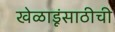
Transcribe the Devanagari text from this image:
खेळाडूंसाठीची